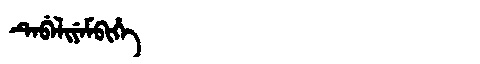
Manchu: ᡨᡝᠪᡝᠯᡳᠶᡝᠮᠪᡳᡥᡝ
Romanization: TEBELIYEMBIHE